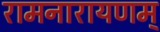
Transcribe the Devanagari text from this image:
रामनारायणम्